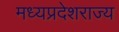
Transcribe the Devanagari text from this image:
मध्यप्रदेशराज्य